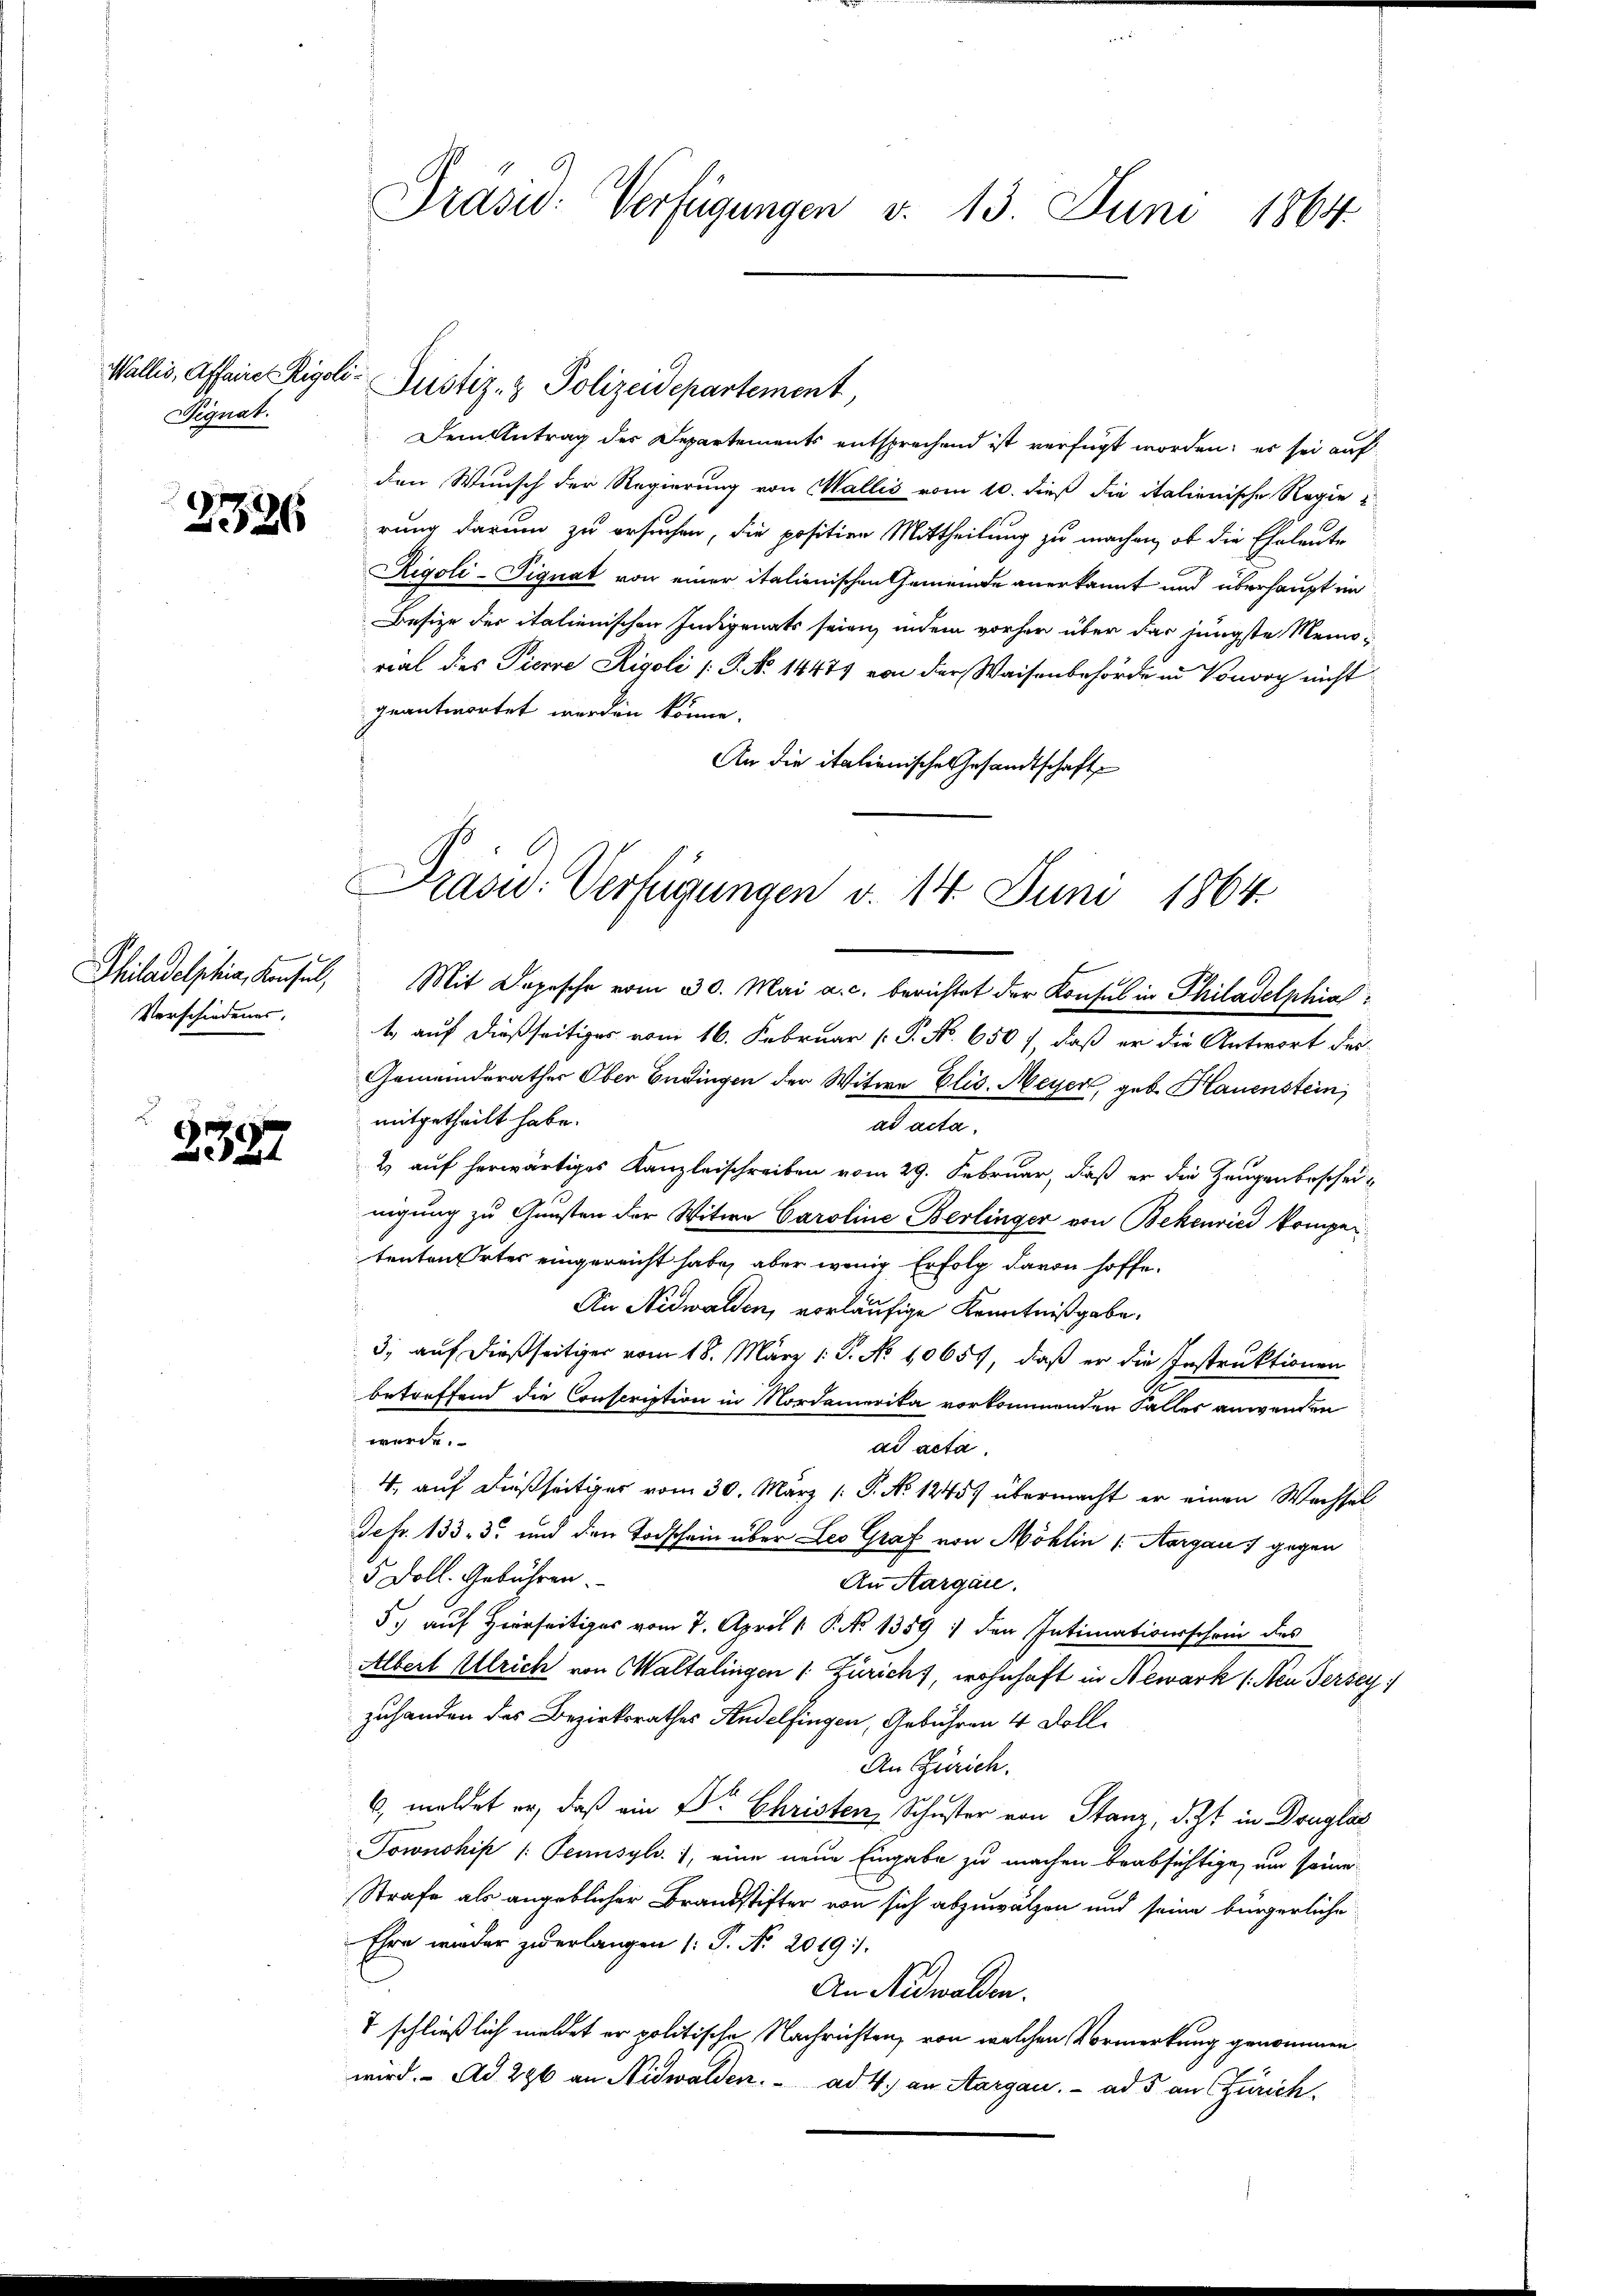
Signat.

2326

Philadelphia, Konsul,
Verschiedenes.

3387

Präsid. Verfügungen v. 13. Juni 1864

Dem Antrag des Departements entsprechend ist verfügt worden; es sei auf
den Wunsch der Regierung von Wallis vom 10. dieß die italienische Regie
rung darum zu ersuchen, die positien Mittheilung zu machen, ob die Eheleute
Rigoli-Piquat von einer italienischen Gemeinde anerkannt und überhaupt im
Besize der italienischen Indigenats seien, indem vorher über das jüngste Memorial des Pierre Rigoli /: P. N. 14479 von der Waisenbehörde in Vouvry nicht
geantwortet werden könne.
An die italienische Gesandtschaft

Wallis, Affeine Rigoli- Justiz- & Polizeidepartement

Präsid. Verfügungen d. 14. Juni 1864.

Mit Depesche vom 30. Mai a. c. berichtet der Konsul in Philadelphia
1 auf dießseitiges vom 16. Februar [ P. No. 650), daß er die Antwort der
Gemeinderathes Ober Endingen der Witwe Elis. Meyer, geb. Hauenstein
mitgetheilt habe.
ad acta.
2) auf herwärtiges Kanzleischreiben vom 29. Februar, daß er die Zeugenbescheinigung zu Gunsten der Witwe Caroline Berlinger von Bekenried kompententen Ortes eingereicht habe, aber wenig Erfolg davon hoffe.
An Nidwalden, vorläufige Kenntnißgabe.
3, auf dießseitiger vom 18. März 1. P. No 10657, daß er die Instruktionen
betreffend die Conscription in Nordamerika vorkommenden Faller anwenden
werde.
ad acta
4. auf dießseitiger vom 30. März /: P. No 1245) übermacht er einen Wechsel
Sefr. 133. 3. und den Todschein über Leo Graf von Möhlin (Aargau 1 gegen
5 Doll. Gebühren.
An Aargau.
5. auf Hierseits vom 7. April 1. P. No 1359) den Intimationsschein des
Albert Ulrich von Waltalingen (: Zürich), wohnhaft in Newark (Neu Jersey
zuhanden des Bezirksrathes Andelfingen, Gebühren 4 Doll¬
An Zürich.
6. meldet er, daß ein Dr Christen, Schuster von Stanz, d. Zt. in Douglas
Townohip /: Pennsyl. 1, eine neue Eingabe zu machen beabsichtige, um seine
Strafe als angeblicher Brandstifter von sich abzuwälzen und seine bürgerliche
Ehre wieder zuerlangen (T. No 2019.
An Nidwalden.
 schließlich meldet er politische Nachrichten, von welchen Vormerkung genommen
wird. Ad 296 an Nidwalden. ad 4. an Aargau.  ad 5 an Zürich